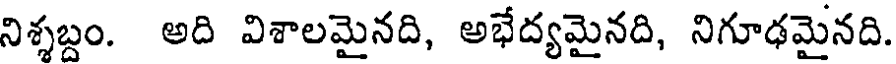
నిశ్శబ్దం. అది విశాలమైనది, అభేద్యమైనది, నిగూఢమైనది.